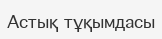
Астық тұқымдасы